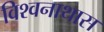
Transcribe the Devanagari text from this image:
विश्वनाथास